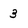
Character: 3